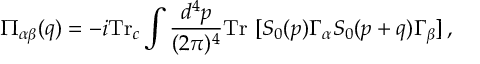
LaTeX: \Pi _ { \alpha \beta } ( q ) = - i \mathrm { T r } _ { c } \int \frac { d ^ { 4 } p } { ( 2 \pi ) ^ { 4 } } \mathrm { T r } ~ [ S _ { 0 } ( p ) \Gamma _ { \alpha } S _ { 0 } ( p + q ) \Gamma _ { \beta } ] \, ,